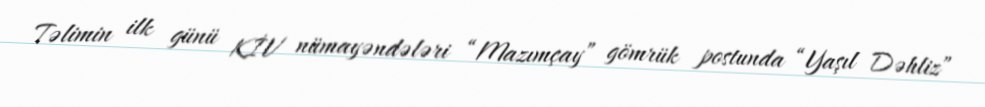
Təlimin ilk günü KİV nümayəndələri “Mazımçay” gömrük postunda “Yaşıl Dəhliz”